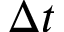
\Delta t